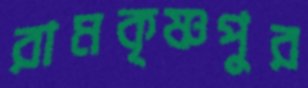
রামকৃষ্ণপুর